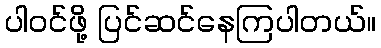
ပါဝင်ဖို့ ပြင်ဆင်နေကြပါတယ်။